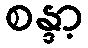
စန္ဒာ့